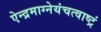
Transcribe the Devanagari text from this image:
ऐन्द्रमाग्नेयंचत्वाष्ट्रं